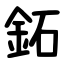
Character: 鉐